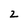
Character: 2